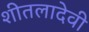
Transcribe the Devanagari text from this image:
शीतलादेवी